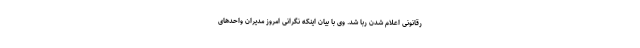
رقانونی اعلام شدن ربا شد. وی با بیان اینکه نگرانی امروز مدیران واحدهای